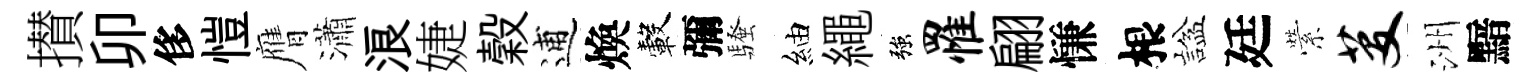
攅卯侈愷膺瀟浪婕穀逋煥轂彌騷紬繩強罹翩慊根諡廷縈芟洲黯